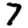
Digit: 7